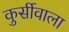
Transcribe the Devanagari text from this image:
कुर्सीवाला